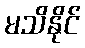
မသိနိုင်